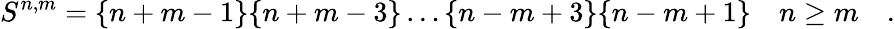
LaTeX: S^{n,m}=\{ n+m-1\} \{ n+m-3\} \dots\{ n-m+3\} \{ n-m+1\} \quad n\geq m\quad.